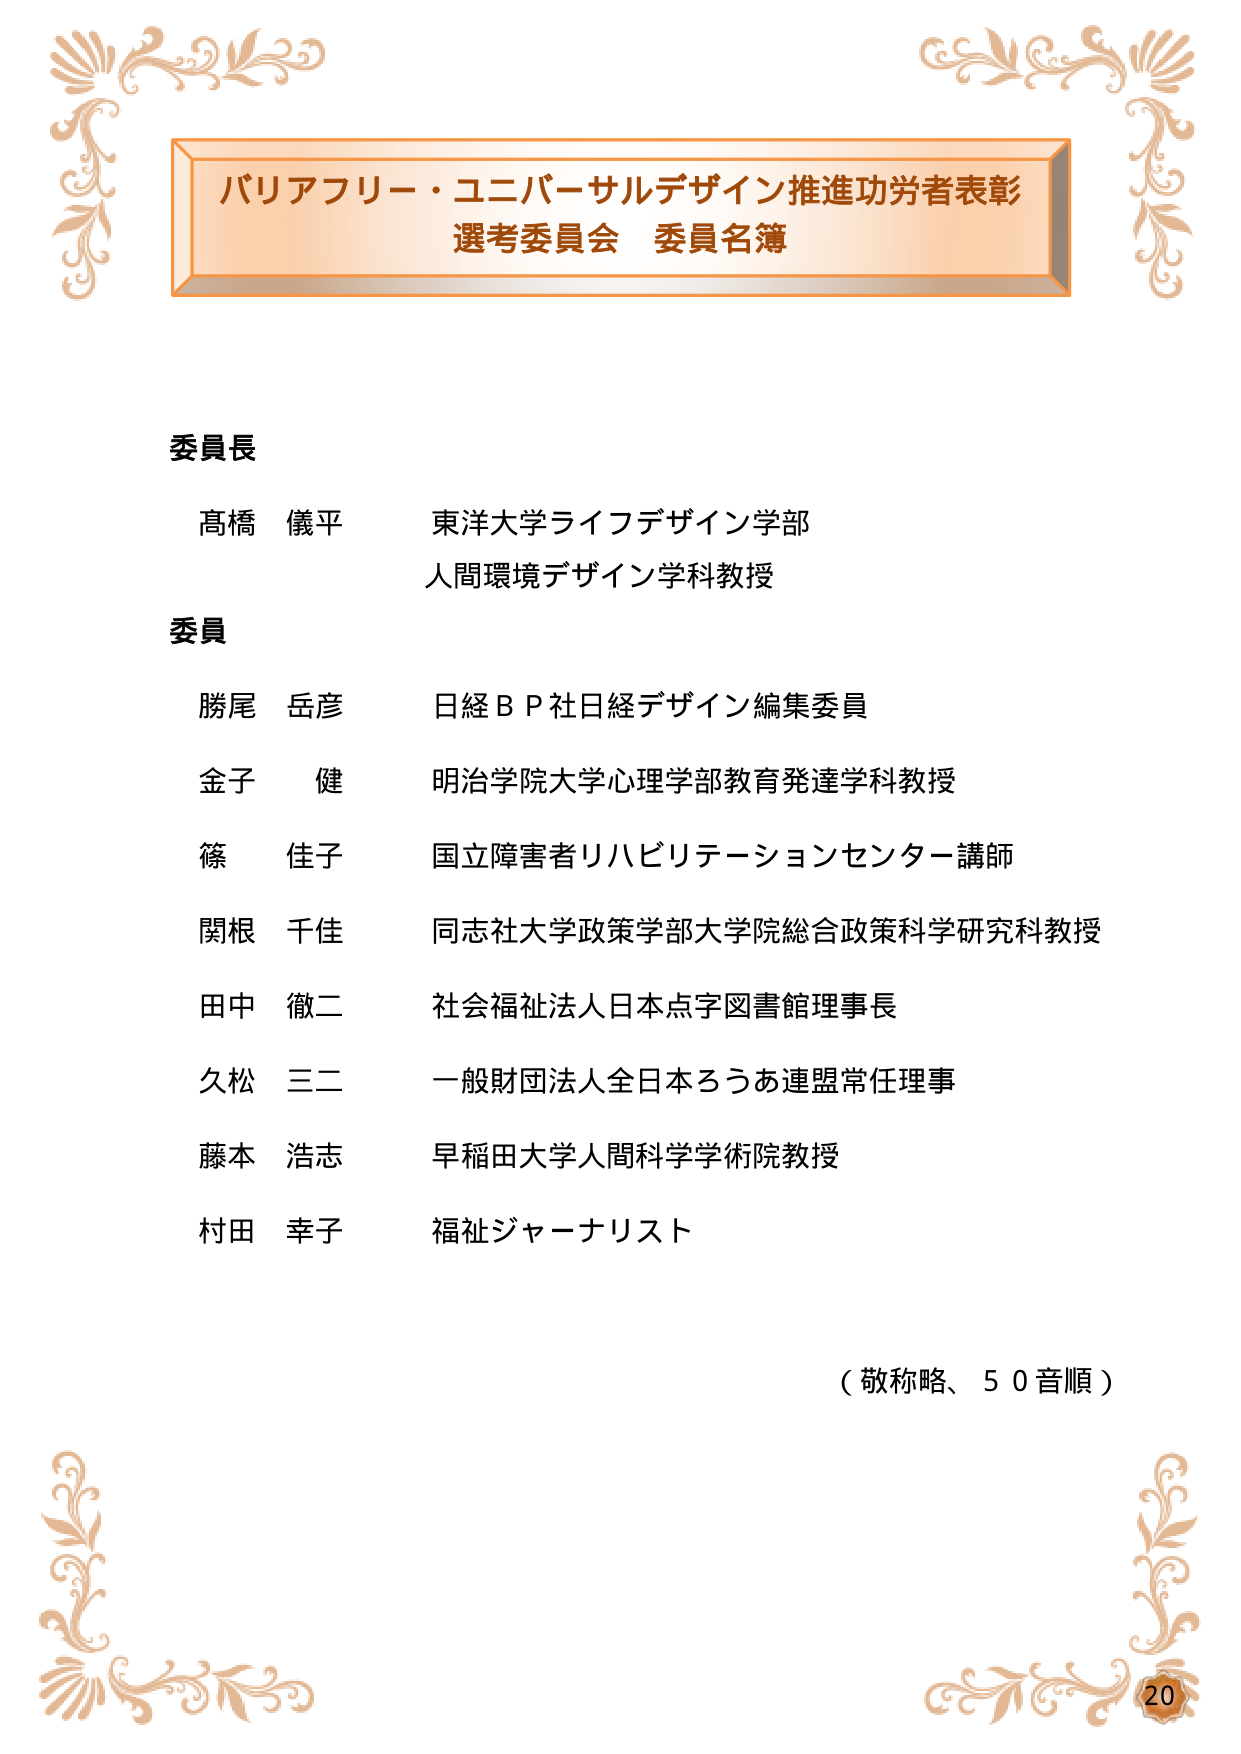
バリアフリー・ユニバーサルデザイン推進功労者表彰
選考委員会 委員名簿

委員長
髙橋 儀平 東洋大学ライフデザイン学部
人間環境デザイン学科教授

委員
勝尾 岳彦 日経ＢＰ社日経デザイン編集委員
金子 健 明治学院大学心理学部教育発達学科教授
篠 佳子 国立障害者リハビリテーションセンター講師
関根 千佳 同志社大学政策学部大学院総合政策科学研究科教授
田中 徹二 社会福祉法人日本点字図書館理事長
久松 三二 一般財団法人全日本ろうあ連盟常任理事
藤本 浩志 早稲田大学人間科学学術院教授
村田 幸子 福祉ジャーナリスト

（敬称略、５０音順）

20